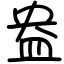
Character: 盎